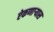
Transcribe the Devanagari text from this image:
ऐकणार्‍यास